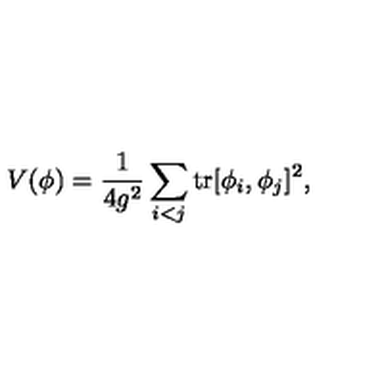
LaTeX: V ( \phi ) = \frac { 1 } { 4 g ^ { 2 } } \sum _ { i < j } \mathrm { t r } [ \phi _ { i } , \phi _ { j } ] ^ { 2 } ,